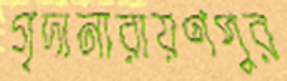
গৃদানারায়ণপুর